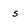
Character: s